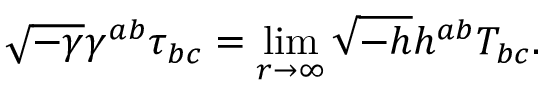
\sqrt { - \gamma } \gamma ^ { a b } \tau _ { b c } = \operatorname * { l i m } _ { r \to \infty } \sqrt { - h } h ^ { a b } T _ { b c } .